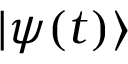
| \psi ( t ) \rangle